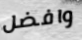
وافضل